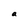
Character: a